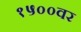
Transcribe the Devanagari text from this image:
१५००वर